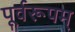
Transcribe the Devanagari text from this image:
पूर्वरूपम्